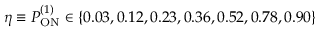
\eta \equiv P _ { \mathrm { O N } } ^ { ( 1 ) } \in \{ 0 . 0 3 , 0 . 1 2 , 0 . 2 3 , 0 . 3 6 , 0 . 5 2 , 0 . 7 8 , 0 . 9 0 \}